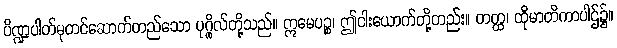
ပိဏ္ဍပါတ်ဓုတင်ဆောက်တည်သော ပုဂ္ဂိုလ်တို့သည်။ ဣမေပဉ္စ၊ ဤငါးယောက်တို့တည်း။ တတ္ထ၊ ထိုမာတိကာပါဌ်၌။